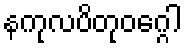
နကုလပိတုဝဂ္ဂေါ